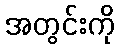
အတွင်းကို